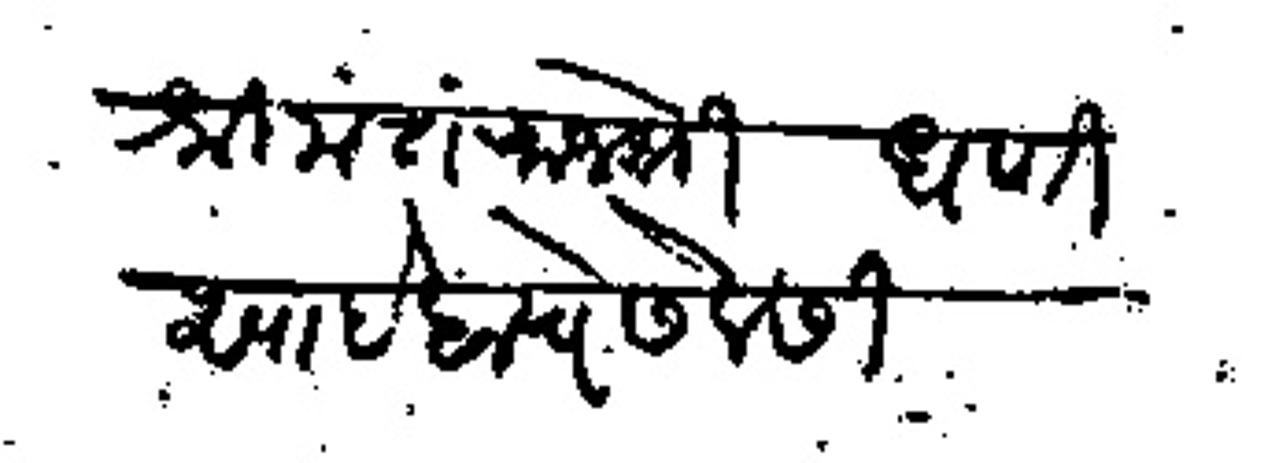
Transliteration (Devanagari): श्रीमंत राजेश्री धणीसाहेबाचे सेवेसी